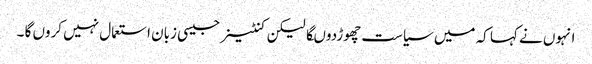
انہوں نے کہا کہ میں سیاست چھوڑدوںگا لیکن کنٹینر جیسی زبان استعمال نہیں کروں گا ۔